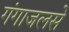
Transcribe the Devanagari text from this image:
गंगाजलसे